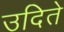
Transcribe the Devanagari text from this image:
उदिते